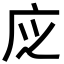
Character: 𢇭